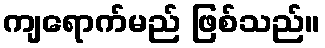
ကျရောက်မည် ဖြစ်သည်။